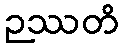
ဉဿတိ